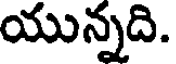
యున్నది.